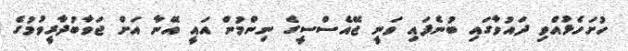
ހުށަހެޅުއްވި ދައުވާގައި ބުނެފައި ވަނީ ޖޭއެސްސީގެ ނިންމުން އައީ އޭނާ އަށް ޖަވާބުދާރީވުމުގެ